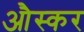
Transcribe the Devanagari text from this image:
औस्कर